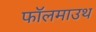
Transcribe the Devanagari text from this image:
फॉलमाउथ